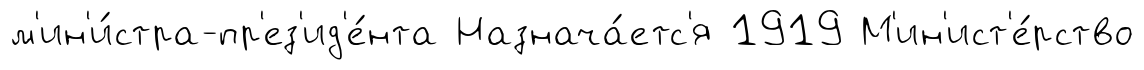
м'ин'и́стра-пр'ез'ид'е́нта Назнача́етс'я 1919 М'ин'ист'е́рство